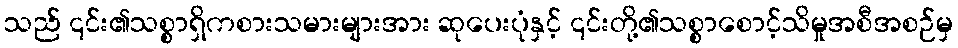
သည် ၎င်း၏သစ္စာရှိကစားသမားများအား ဆုပေးပုံနှင့် ၎င်းတို့၏သစ္စာစောင့်သိမှုအစီအစဉ်မှ